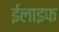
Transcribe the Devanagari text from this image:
ईलाइफ